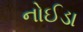
નોઈડા